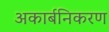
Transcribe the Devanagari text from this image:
अकार्बनिकरण